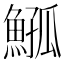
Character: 𩸰